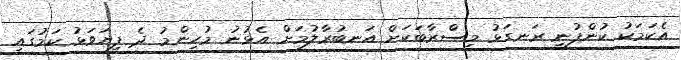
އެކަމަކު ކުންފުނި ރަނގަޅު މިސްރާބަކަށް އަނބުރާލުމަށް އެޅުނު މުހިންމު ދެ ފިޔަވަޅު ކަމުގައި